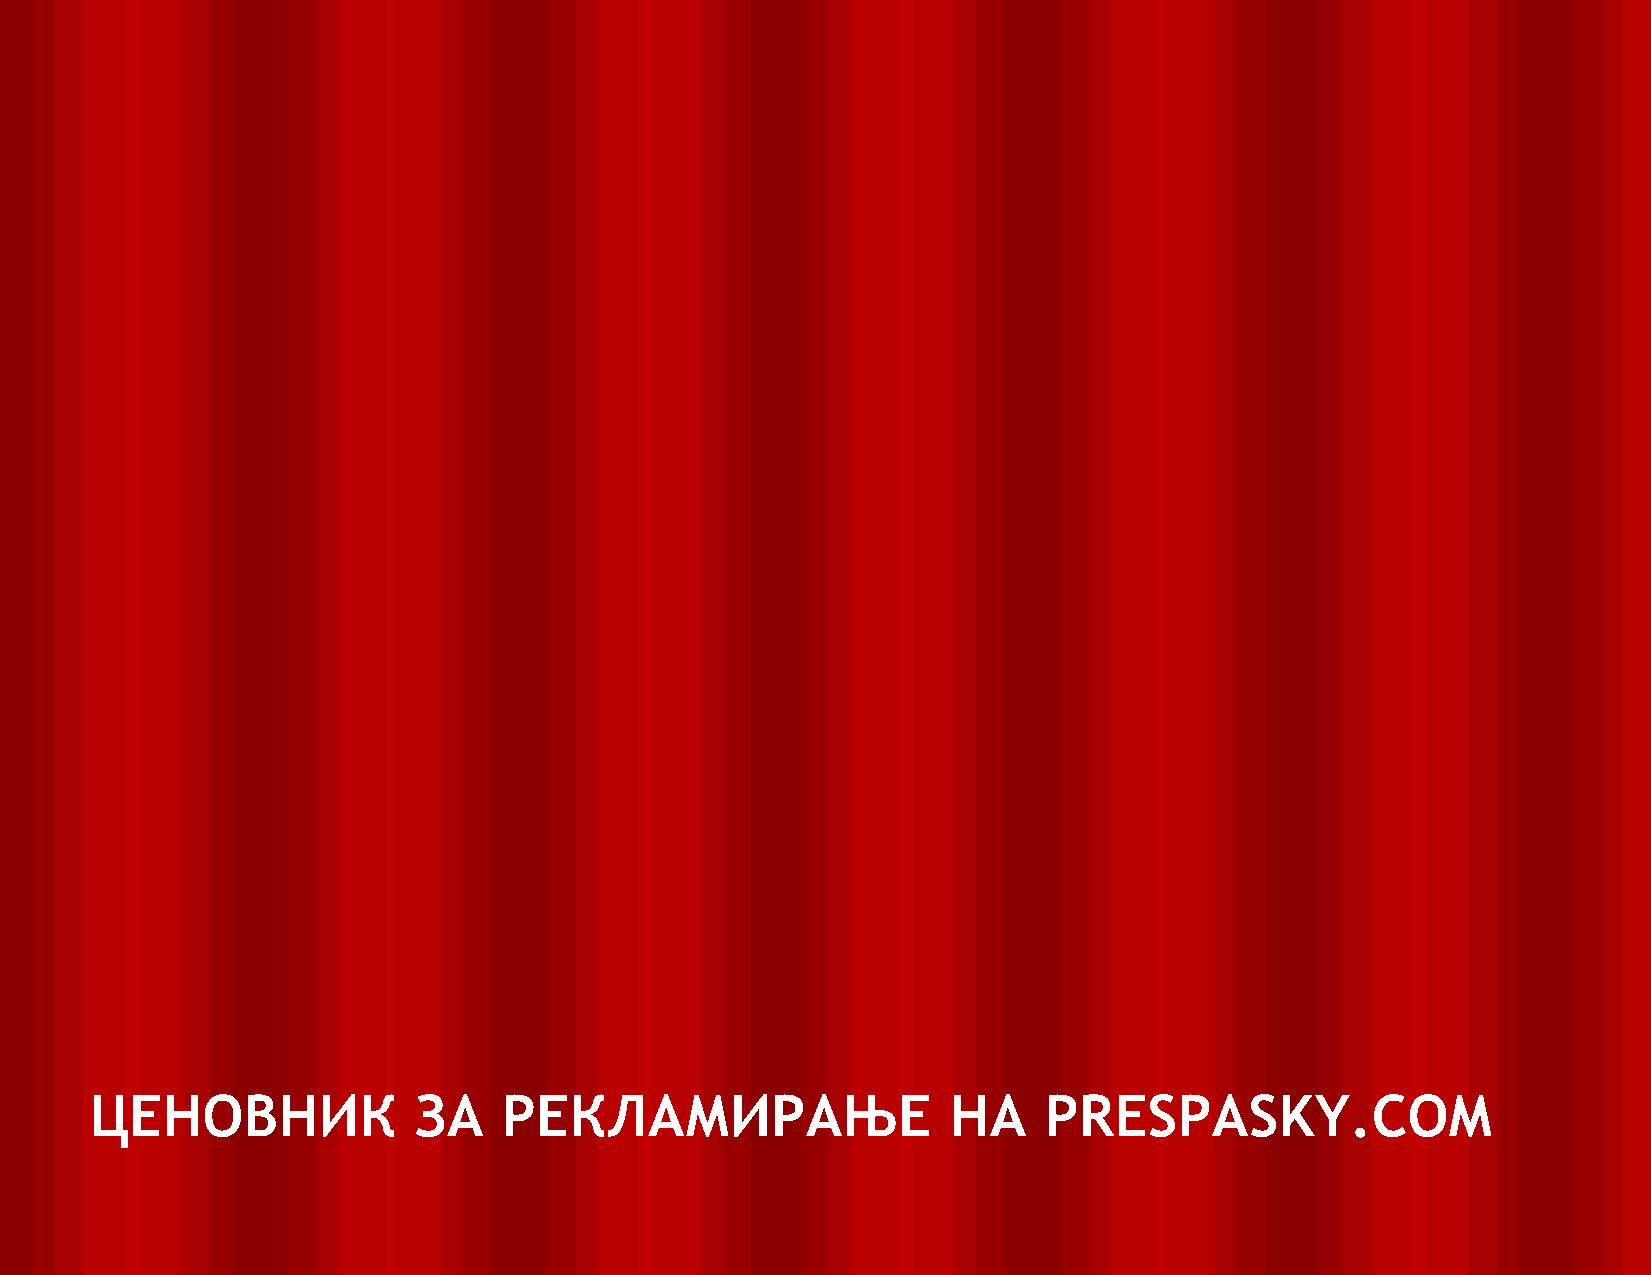
ЦЕНОВНИК             ЗА    РЕКЛАМИРАЊЕ                   НА    PRESPASKY.COM